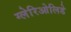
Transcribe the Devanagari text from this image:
ग्लेरिओलिडे